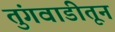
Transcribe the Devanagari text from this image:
तुंगवाडीतून